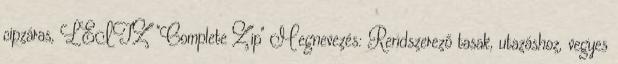
cipzáras, LEITZ "Complete Zip" Megnevezés: Rendszerező tasak, utazáshoz, vegyes